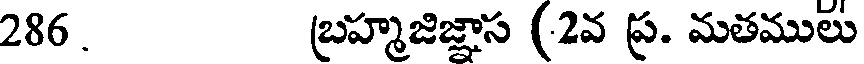
286. బ్రహ్మజిజ్ఞాస (2వ ప్ర. మతములు